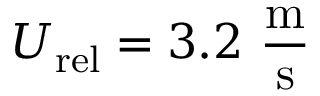
U _ { \mathrm { r e l } } = 3 . 2 ~ \mathrm { \frac { m } { s } }